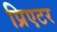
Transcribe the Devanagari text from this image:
प्रिएटर